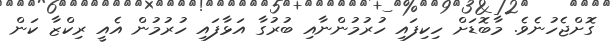
ގޮށްޖެހުނެވެ. މާބޮޑަށް ހިކިފައި ހުރުމުންނާއި ބުރުގާ އަޅާފައި ހުރުމުން އެއީ ރިކްޒާ ކަން